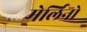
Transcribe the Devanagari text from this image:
मेर्लिनो